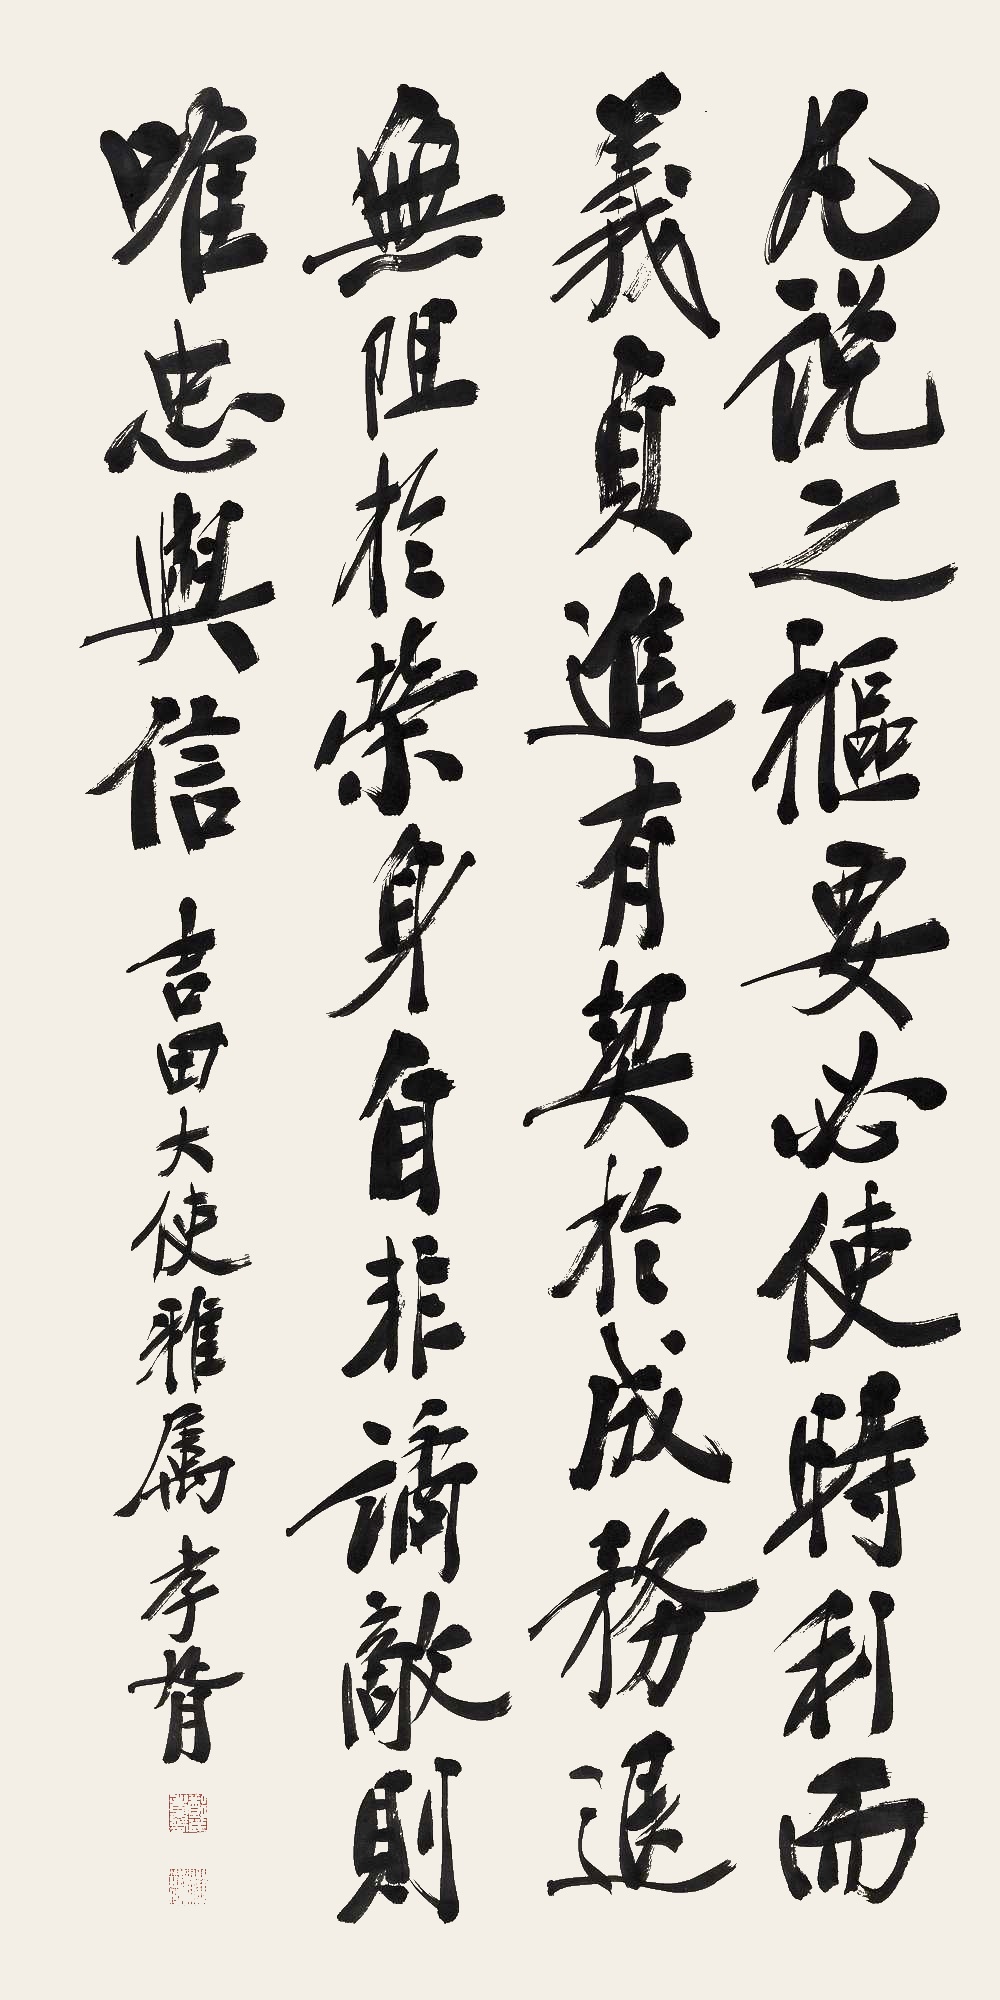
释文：凡说之枢要，必使时利而义贞，进有契于成务，退无阻于荣身。自非谲敌，则唯忠与信。吉田大使雅属。孝胥。